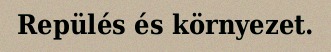
Repülés és környezet.